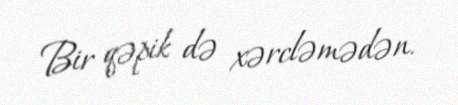
Bir qəpik də xərcləmədən.